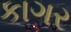
કાગર